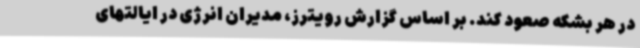
در هر بشکه صعود کند. بر اساس گزارش رویترز، مدیران انرژی در ایالتهای